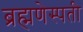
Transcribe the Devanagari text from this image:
ब्रह्मणेस्पती